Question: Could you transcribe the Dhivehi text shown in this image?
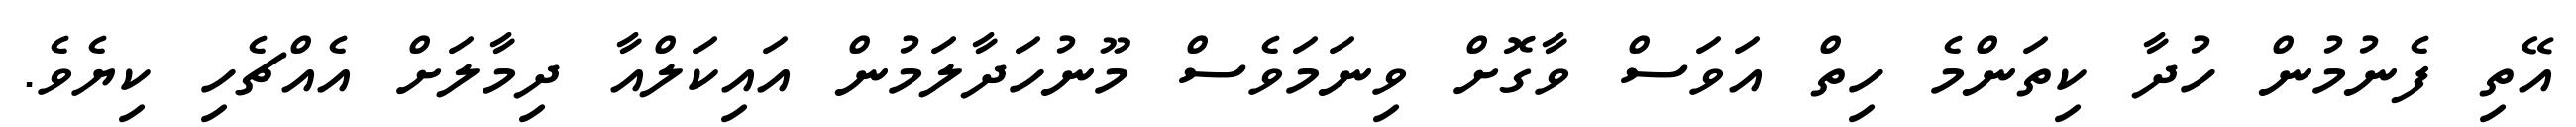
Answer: އޭތި ފެނުމުން ހުދާ ކިތަންމެ ހިތް އަވަސް ވާގޮށް ވިނަމަވެސް މޫނުހަދާލަމުން އައިކަލްއާ ދިމާލަށް އެއްޗެހި ކިޔެވެ.